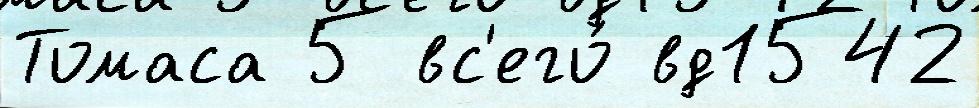
Томаса 5 вс'его́ вд1542